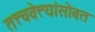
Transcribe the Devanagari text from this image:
तत्त्ववेत्त्यांसोबत